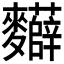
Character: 𮮂